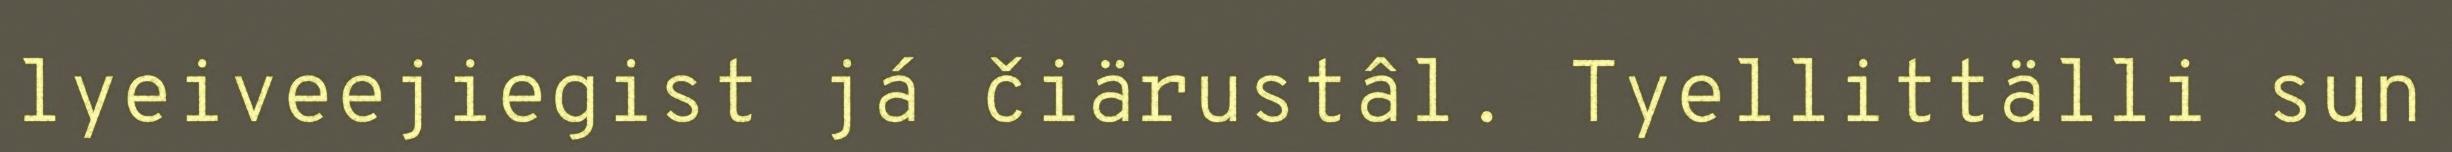
lyeiveejiegist já čiärustâl. Tyellittälli sun